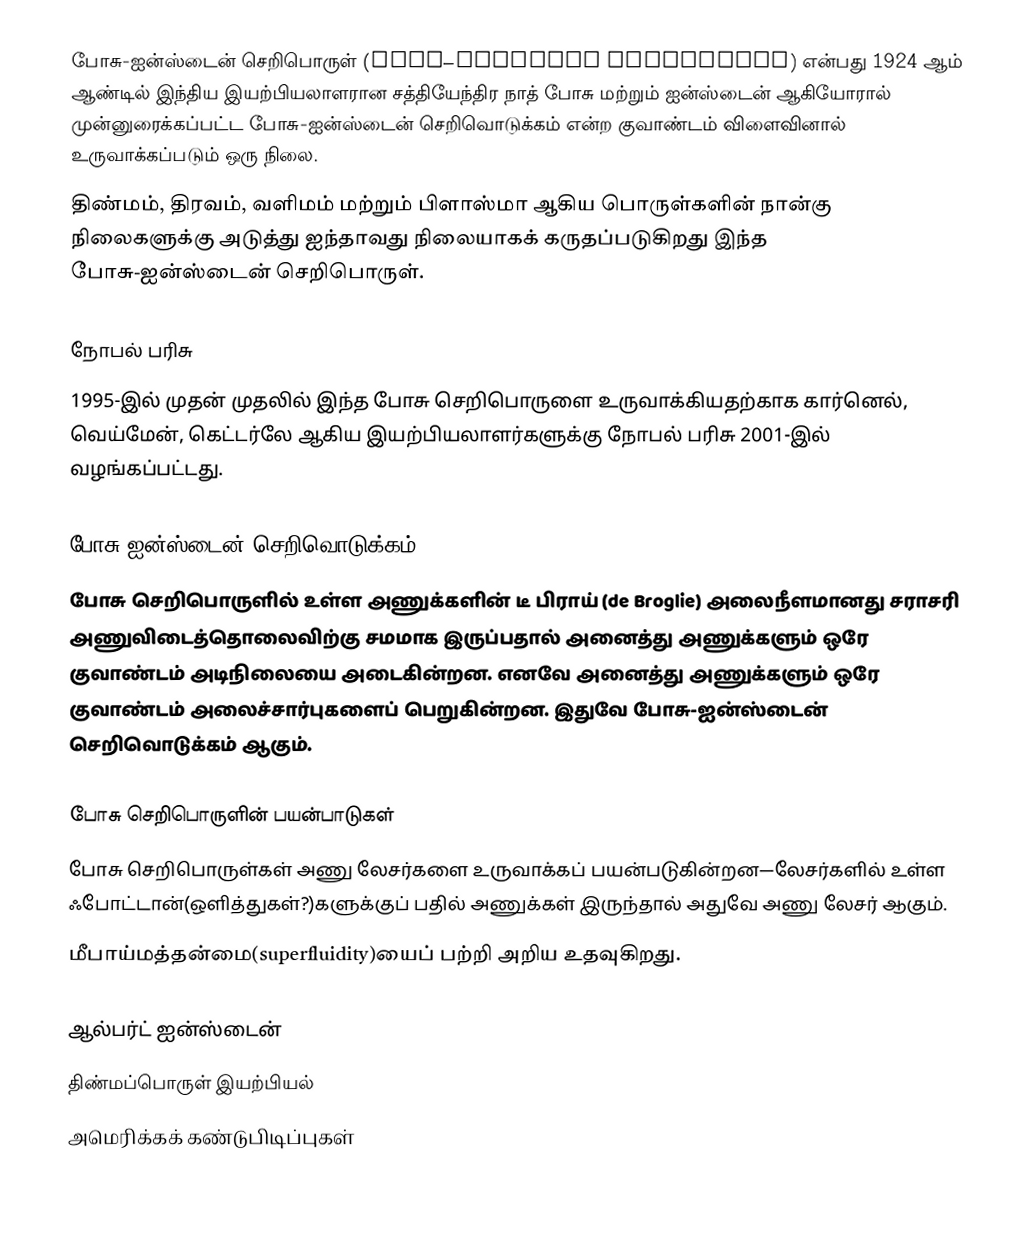
போசு-ஐன்ஸ்டைன் செறிபொருள் (Bose–Einstein condensate) என்பது 1924 ஆம் ஆண்டில் இந்திய இயற்பியலாளரான சத்தியேந்திர நாத் போசு மற்றும் ஐன்ஸ்டைன் ஆகியோரால் முன்னுரைக்கப்பட்ட போசு-ஐன்ஸ்டைன் செறிவொடுக்கம் என்ற குவாண்டம் விளைவினால் உருவாக்கப்படும் ஒரு நிலை.
திண்மம், திரவம், வளிமம் மற்றும் பிளாஸ்மா ஆகிய பொருள்களின் நான்கு நிலைகளுக்கு அடுத்து ஐந்தாவது நிலையாகக் கருதப்படுகிறது இந்த போசு-ஐன்ஸ்டைன் செறிபொருள்.

நோபல் பரிசு
1995-இல் முதன் முதலில் இந்த போசு செறிபொருளை உருவாக்கியதற்காக கார்னெல், வெய்மேன், கெட்டர்லே ஆகிய இயற்பியலாளர்களுக்கு நோபல் பரிசு 2001-இல் வழங்கப்பட்டது.

போசு-ஐன்ஸ்டைன் செறிவொடுக்கம்
போசு செறிபொருளில் உள்ள அணுக்களின் டீ பிராய் (de Broglie) அலைநீளமானது சராசரி அணுவிடைத்தொலைவிற்கு சமமாக இருப்பதால் அனைத்து அணுக்களும் ஒரே குவாண்டம் அடிநிலையை அடைகின்றன. எனவே அனைத்து அணுக்களும் ஒரே குவாண்டம் அலைச்சார்புகளைப் பெறுகின்றன. இதுவே போசு-ஐன்ஸ்டைன் செறிவொடுக்கம் ஆகும்.

போசு செறிபொருளின் பயன்பாடுகள்
 போசு செறிபொருள்கள் அணு லேசர்களை உருவாக்கப் பயன்படுகின்றன—லேசர்களில் உள்ள ஃபோட்டான்(ஒளித்துகள்?)களுக்குப் பதில் அணுக்கள் இருந்தால் அதுவே அணு லேசர் ஆகும்.
 மீபாய்மத்தன்மை(superfluidity)யைப் பற்றி அறிய உதவுகிறது.

ஆல்பர்ட் ஐன்ஸ்டைன்
திண்மப்பொருள் இயற்பியல்
அமெரிக்கக் கண்டுபிடிப்புகள்